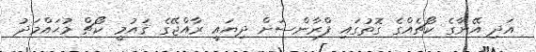
އަދި އޭނާގެ ކޯޗެއްގެ ގޮތުގައި ފްރާންސަށް ދިޔައީ ރާއްޖޭގެ ޤައުމީ ކޯޗް މުޙައްމަދު